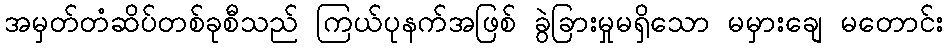
အမှတ်တံဆိပ်တစ်ခုစီသည် ကြယ်ပုနက်အဖြစ် ခွဲခြားမှုမရှိသော မမှားချေ မတောင်း